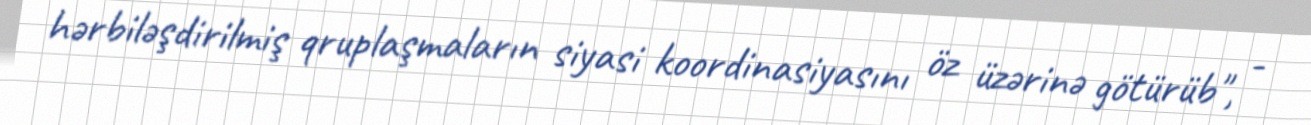
hərbiləşdirilmiş qruplaşmaların siyasi koordinasiyasını öz üzərinə götürüb", -